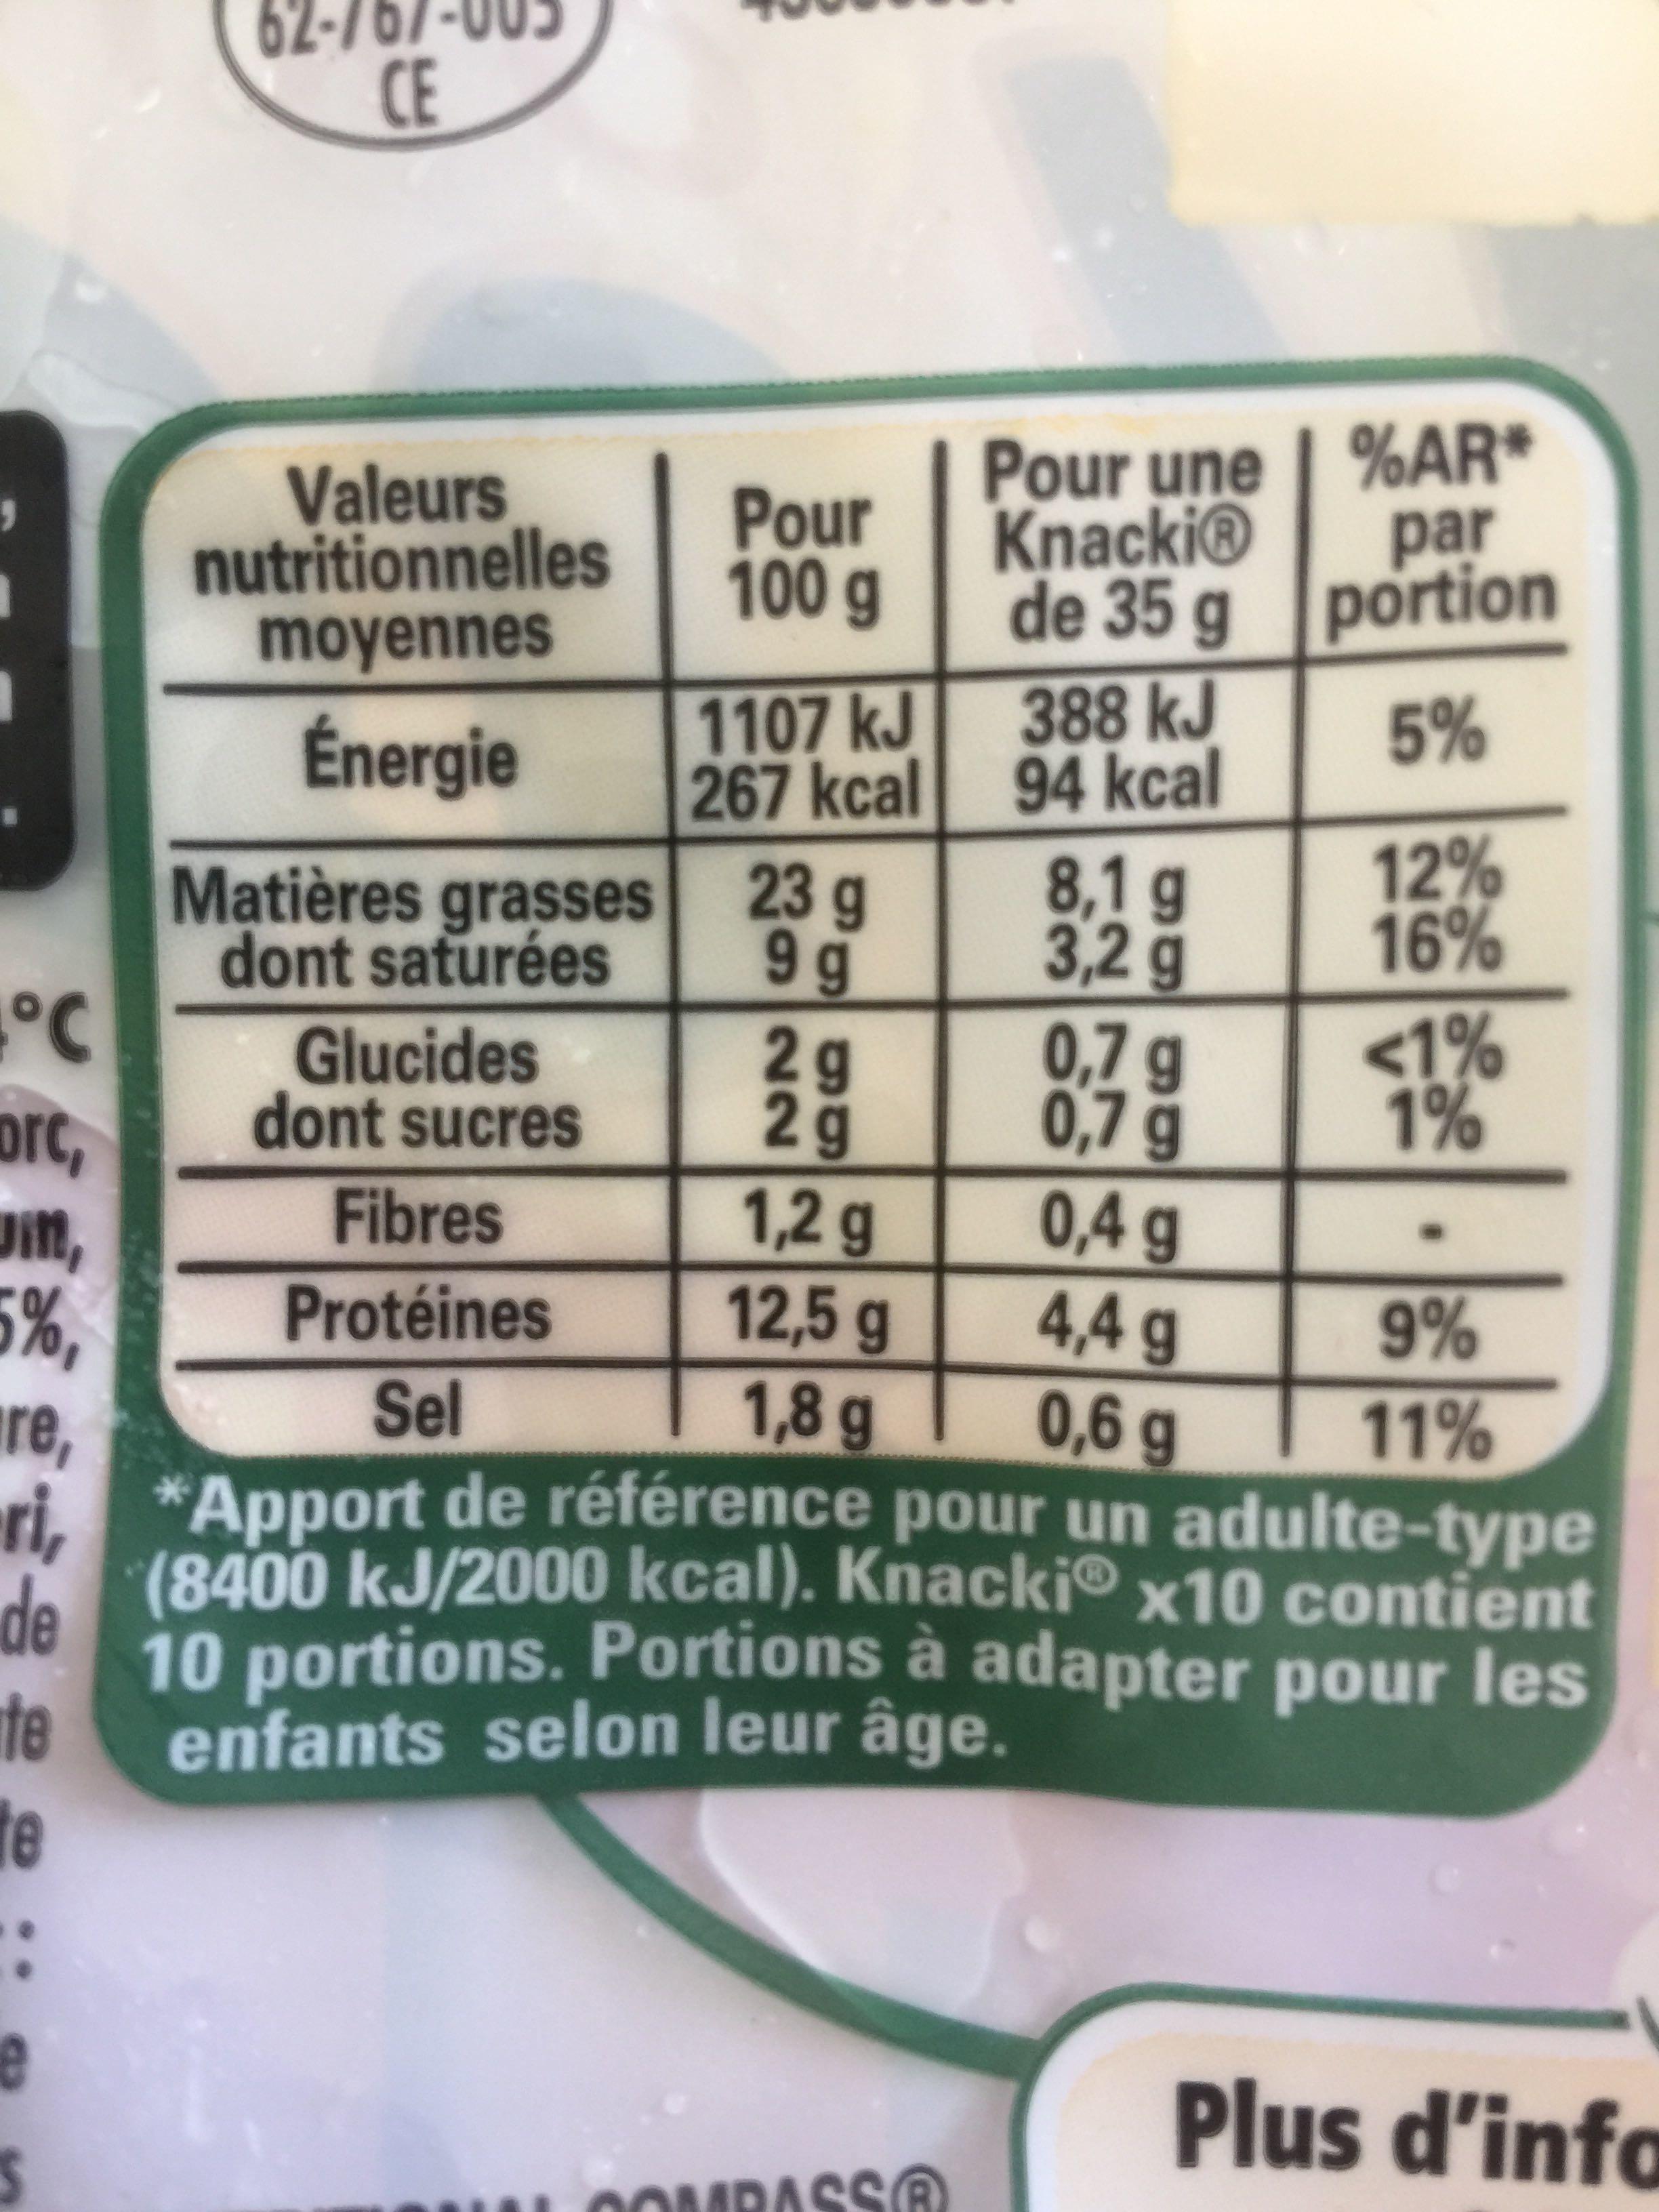
°℃
orc,
Din,
5%,
re,
de
te
te
62::
CE
Valeurs nutritionnelles
moyennes
Énergie
Matières grasses dont saturées
Glucides dont sucres
Pour
100 g
Fibres
Protéines
Sel
1107 kJ
267 kcal
23 g
9 g
0,7 g
0,7 g
0,4 g
4,4 g
9%
0,6 g
11%
x10 contient
ri*Apport de référence pour un adulte-type (8400 kJ/2000 kcal). Knacki 10 portions. Portions à adapter pour les enfants selon leur âge.
22
2g
2 g
1,2 g
12,5 g
1,8 g
Pour une | %AR* Knacki
de 35 g
COMPASS®
388 kJ
94 kcal
8,1 g
3,2 g
par portion
5%
12%
16%
<1%
1%
Plus d'info